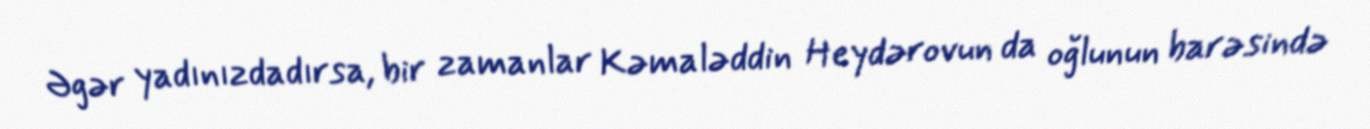
Əgər yadınızdadırsa, bir zamanlar Kəmaləddin Heydərovun da oğlunun barəsində